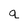
Character: q